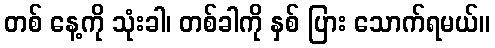
တစ် နေ့ကို သုံးခါ၊ တစ်ခါကို နှစ် ပြား သောက်ရမယ်။